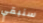
سنبقي